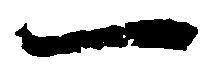
一